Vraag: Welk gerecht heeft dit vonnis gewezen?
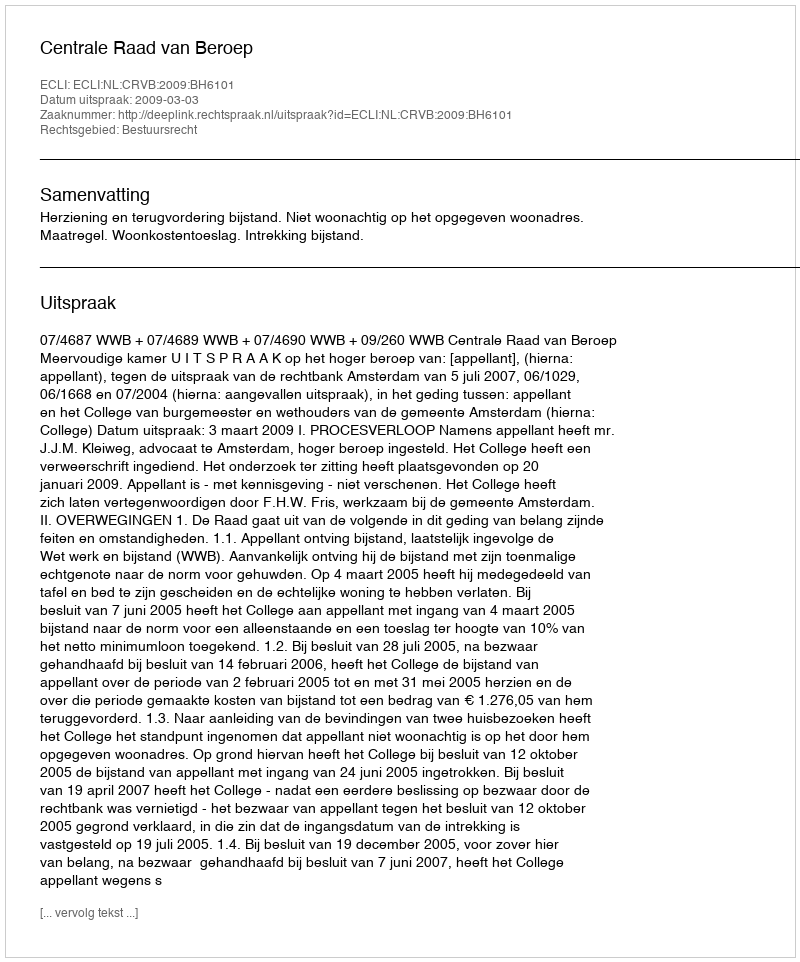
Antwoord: Centrale Raad van Beroep